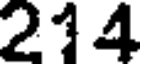
214